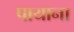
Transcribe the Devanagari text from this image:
पायाना